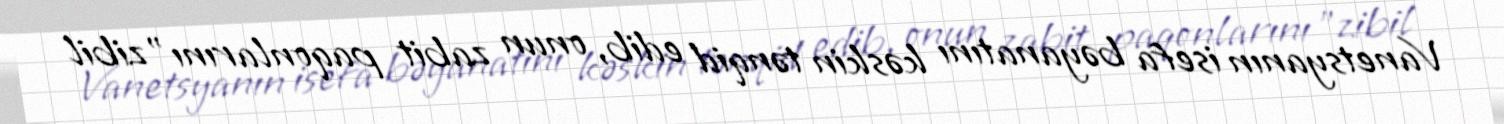
Vanetsyanın isefa bəyanatını kəskin tənqid edib, onun zabit paqonlarını "zibil